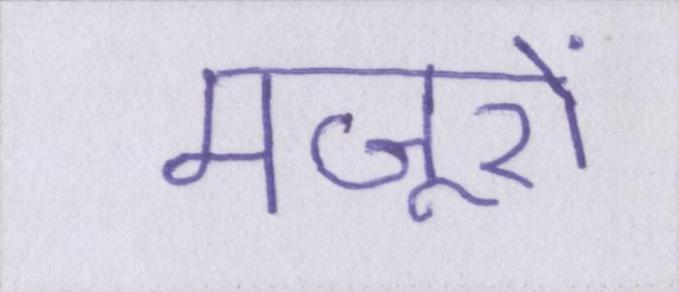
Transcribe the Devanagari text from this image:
मजूरों